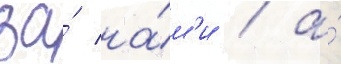
за́ на́м'и / а́